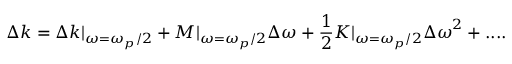
\Delta k = \Delta k | _ { \omega = \omega _ { p } / 2 } + M | _ { \omega = \omega _ { p } / 2 } { \Delta \omega } + \frac { 1 } { 2 } K | _ { \omega = \omega _ { p } / 2 } { \Delta \omega } ^ { 2 } + . . . .